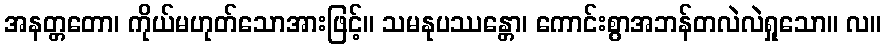
အနတ္တတော၊ ကိုယ်မဟုတ်သောအားဖြင့်။ သမနုပဿန္တော၊ ကောင်းစွာအဘန်တလဲလဲရှုသော။ လ။